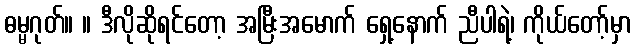
ဓမ္မဂုတ်။ ။ ဒီလိုဆိုရင်တော့ အမြီးအမောက် ရှေ့နောက် ညီပါရဲ့၊ ကိုယ်တော့်မှာ